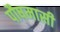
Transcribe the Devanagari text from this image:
पौषमासी